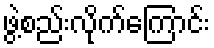
ဖွဲ့စည်းလိုက်ကြောင်း